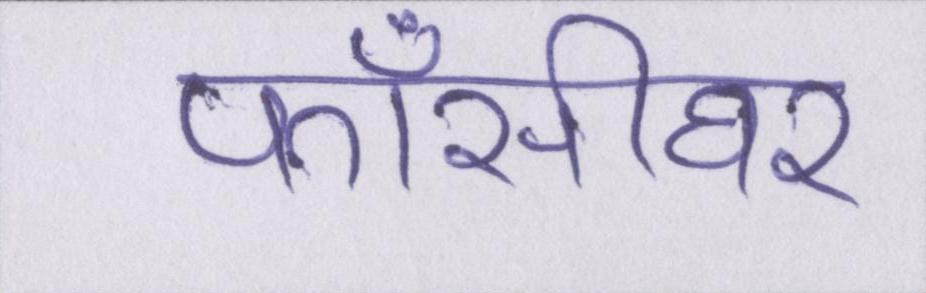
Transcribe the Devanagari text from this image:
फाँसीघर